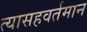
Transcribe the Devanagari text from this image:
त्यासहवर्तमान